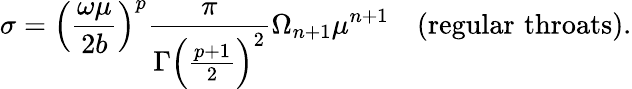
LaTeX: \sigma=\left({\frac{\omega\mu}{2b}}\right)^{p}{\frac{\pi}{\Gamma\left({\frac{p+1}{2}}\right)^{2}}}\Omega_{n+1}\mu^{n+1}\quad\mathrm{(regular\, \, throats)}.